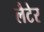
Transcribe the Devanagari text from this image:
लैटेर